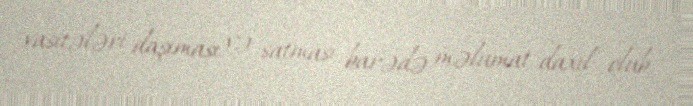
vasitələri daşıması və satması barədə məlumat daxil olub.